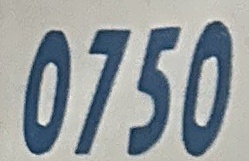
0750